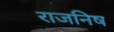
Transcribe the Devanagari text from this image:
राजनिष